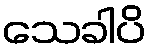
သေခါပိ